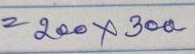
= 200 x 300